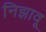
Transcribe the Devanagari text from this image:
निझावू